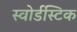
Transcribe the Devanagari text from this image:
स्वोर्डस्टिक